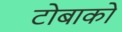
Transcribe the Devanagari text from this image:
टोबाको